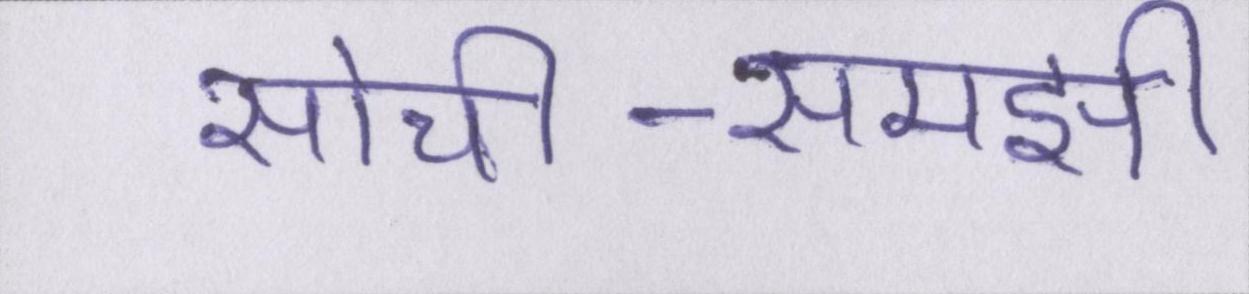
सोची-समझी